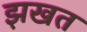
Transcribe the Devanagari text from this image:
झखत